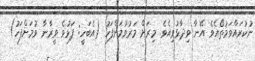
ނުކުރައްވަމުތޯއެވެ އޭނާ ވިދާޅުވިއެވެ. މިރަށް މަރުވުމަށްފަހު (އެބަހީ: ފަޅުވެ ވީރާނާ ވުމަށްފަހު)